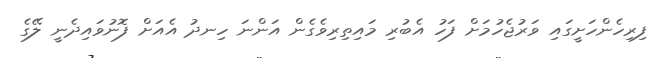
ފިރިހެންހަށީގައި ވަރުޖެހުމަށް ފަހު އެބުރި މައިތިރިވެގެން އަންނަ ހިނދު އެއަށް ފޮނުވައިދެނީ ލޭގެ